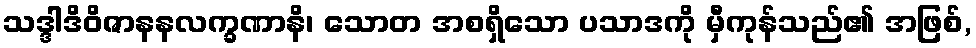
သဒ္ဒါဒိဝိဇာနနလက္ခဏာနိ၊ သောတ အစရှိသော ပသာဒကို မှီကုန်သည်၏ အဖြစ်,